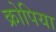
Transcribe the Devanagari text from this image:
क्रोपिया